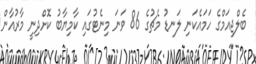
ބެލްޖިއަމްގެ ހަމައެކަނި ލަނޑު މެޗުގެ 86 ވަނަ މިނެޓުގައި ކާމިޔާބު ކޮށްދިނީ މާރުއާން